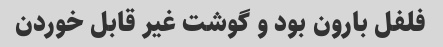
فلفل بارون بود و گوشت غیر قابل خوردن